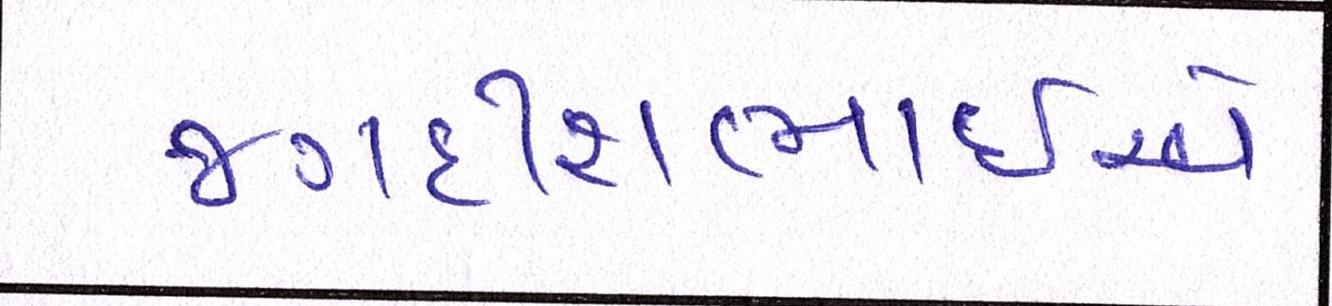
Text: જગદીશભાઇએ